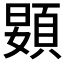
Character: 𱂙